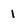
Character: 1